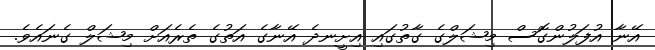
އޭނާ އުފަލުންގޮސް މިޝަލްގެ ގާތުގައި އިށީނދެ އޭނާގެ އަތުގެ ތެރެއަށް މިޝަލް ގެނައެވެ.